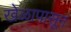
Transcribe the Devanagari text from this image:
खेळापासून